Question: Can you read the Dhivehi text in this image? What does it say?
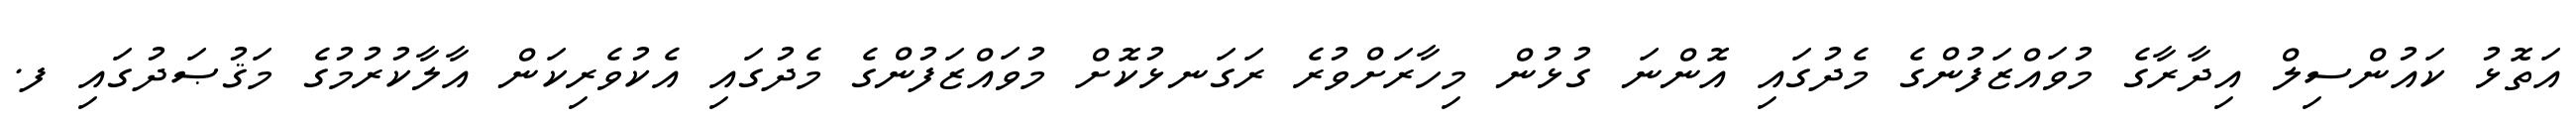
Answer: އަތޮޅު ކައުންސިލް އިދާރާގެ މުވައްޒަފުންގެ މެދުގައި އޮންނަ ގުޅުން މިހާރަށްވުރެ ރަގަނޅުކޮށް މުވައްޒަފުންގެ މެދުގައި އެކުވެރިކަން އާލާކުރުމުގެ މަޤުޞަދުގައި ފ.